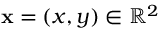
\mathbf { x } = ( x , y ) \in \mathbb { R } ^ { 2 }